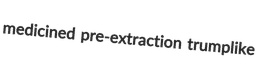
medicined pre-extraction trumplike